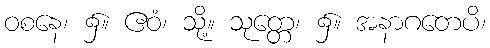
ဝစနေ၊ ၌။ ဧဝံ၊ သို့။ သုတ္တေ၊ ၌။ အနာဂတေပိ၊